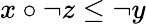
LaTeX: x\circ\lnot z\leq\lnot y